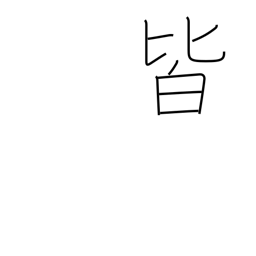
Meaning: everything